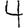
Digit: 4